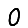
Digit: 0